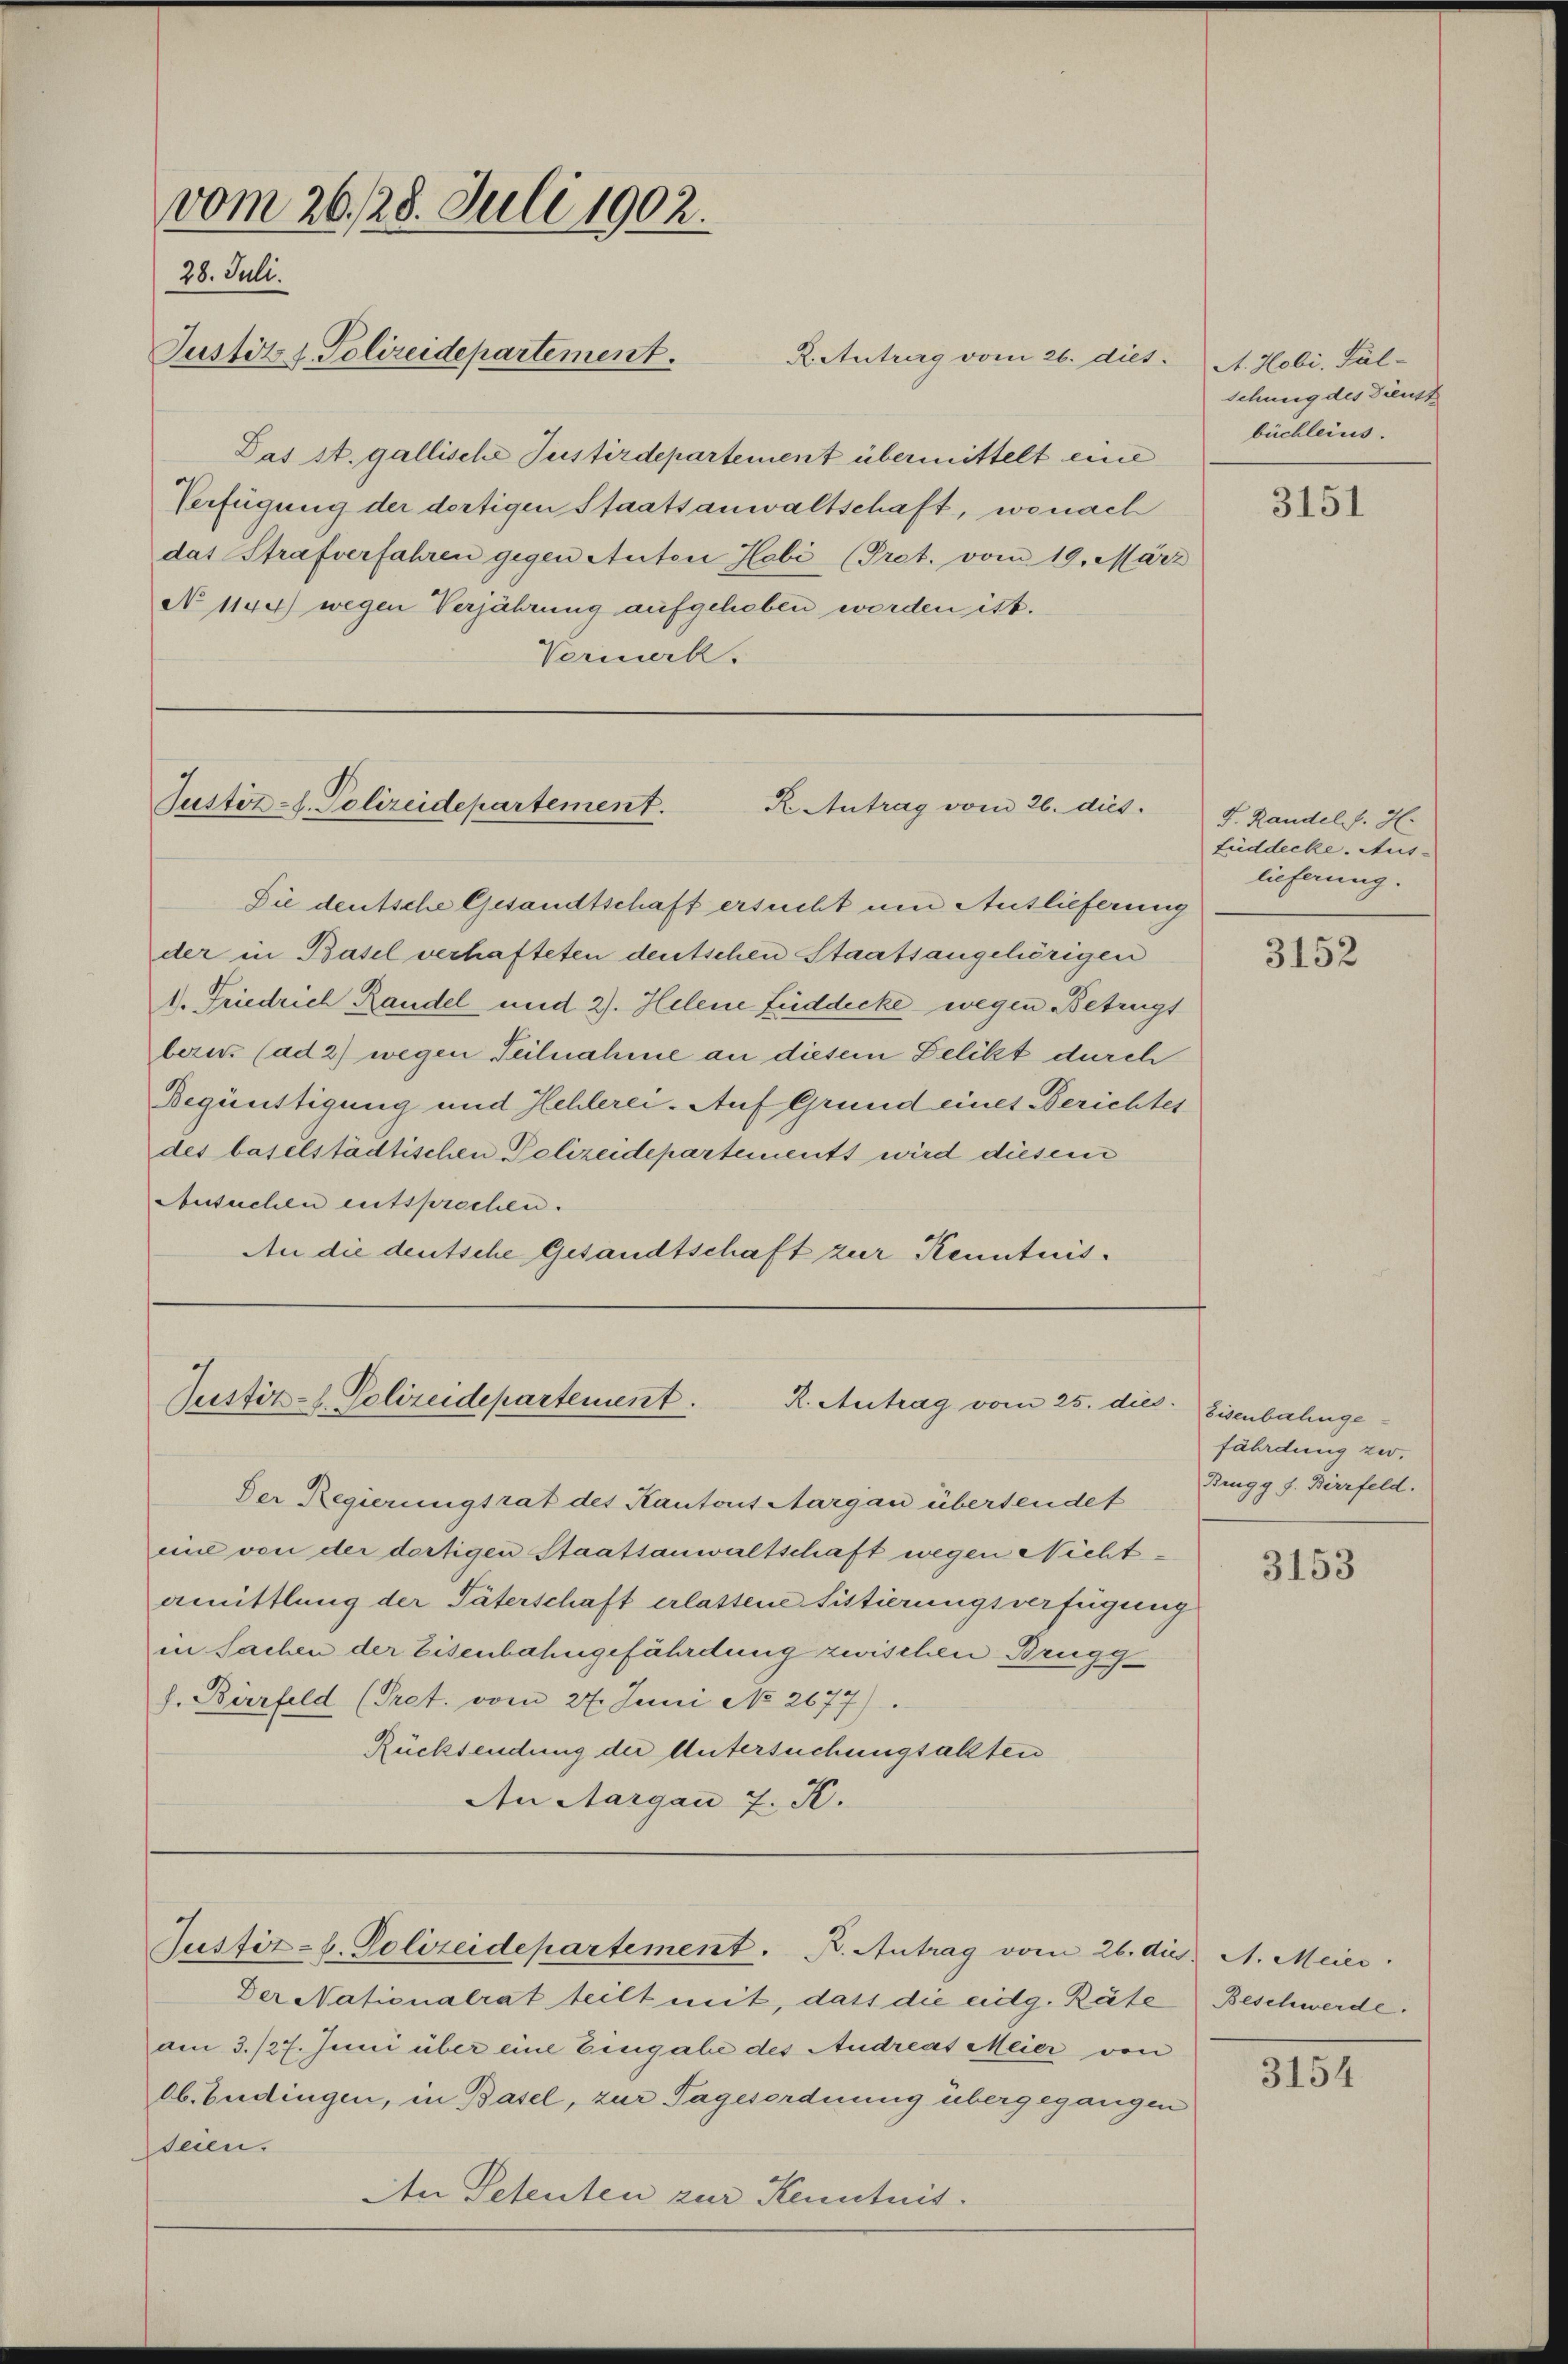
vom 26. 28. Juli 1902.
28. Juli.
Justiz & Polizeidepartement.

Das st. gallische Justizdepartement übermittelt eine
Verfügung der dortigen Staatsanwaltschaft, wonach
das Strafverfahren gegen Anton Hobi (Prot. vom 19. März
No 1144) wegen Verjährung aufgehoben worden ist.
Vermerk.

RAutrag vom 26. dies. A. Hobi, Fäl-

Justiz-S. Polizeidepartement.
R. Antrag vom 26. dies

Justiz-H. Polizeidepartement.
R. Antrag vom 25. dies

Justiz- u. Polizeidepartement. B. Antrag vom 26. dies. A. Meier

Der Nationalrat teilt mit, dass die eilg. Räte Beschwerde.

Sie deutsche Gesandtschaft ersucht um Auslieferung
der in Basel verhafteten deutschen Staatsangehörigen
1. Friedrich Randel und 2). Helene Luddecke wegen Betrügt
bern (ad 2) wegen Teilnahme an diesem Delikt durch
Begünstigung und Hehlerei. Auf Grund eines Berichtes
des baselstädtischen Polizeidepartements wird diesem
Ansuchen entsprochen.
An die deutsche Gesandtschaft zur Kenntnis¬

Der Regierungsrat des Kantons Aargau übersendet
eine von der dortigen Staatsanwaltschaft wegen Nichtamittlung der Täterschaft erlassene Fittierungsverfügung
in Sachen der Eisenbahngefährdung zwischen Brugg
h. Bierfeld (Pret. vom 27. Juni No 2677).
Rücksendung der Untersuchungsalten
An Aargau 7. K.

am 3./27. Juni über eine Eingabe des Andreat Meier von
lb. Endingen, in Basel, zur Tagesordnung übergegangen
Steen.
An Petenten zur Kenntnis.

schung des Dienst
büchleius.

3151

S. Randel f. H.
Fuddecke. Aus-
lieferung.

3152

Eisenbahngefährdung zer¬
Brugg f. Birrfeld.

3153

3154